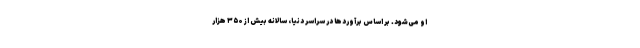
او می‌شود. بر اساس برآوردها در سراسر دنیا، سالانه بیش از ۳۵۰ هزار